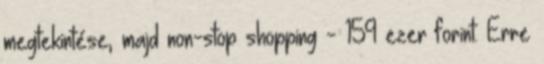
megtekintése, majd non-stop shopping - 159 ezer forint. Erre